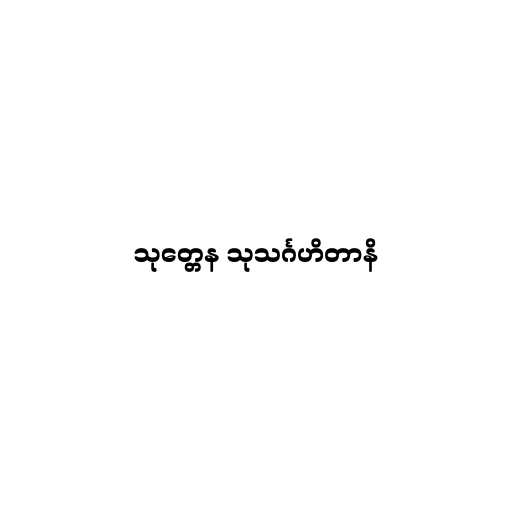
သုတ္တေန သုသင်္ဂဟိတာနိ